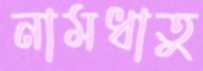
নামধাতু